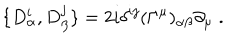
\{ D _ { \alpha } ^ { i } , D _ { \beta } ^ { j } \} = 2 i \delta ^ { i j } ( \Gamma ^ { \mu } ) _ { \alpha \beta } \partial _ { \mu } \; .